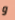
و